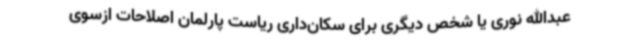
عبدالله نوری یا شخص دیگری برای سکان‌داری ریاست پارلمان اصلاحات ازسوی